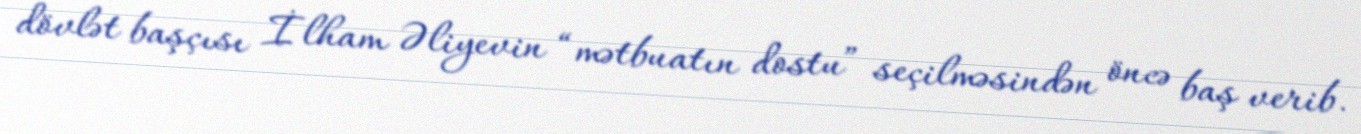
dövlət başçısı İlham Əliyevin “mətbuatın dostu” seçilməsindən öncə baş verib.